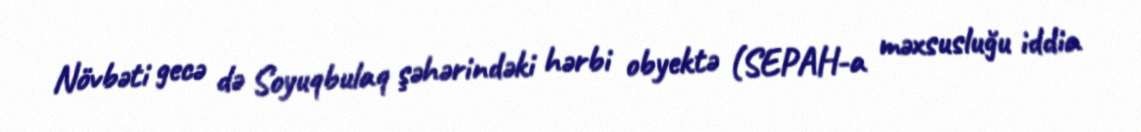
Növbəti gecə də Soyuqbulaq şəhərindəki hərbi obyektə (SEPAH-a məxsusluğu iddia